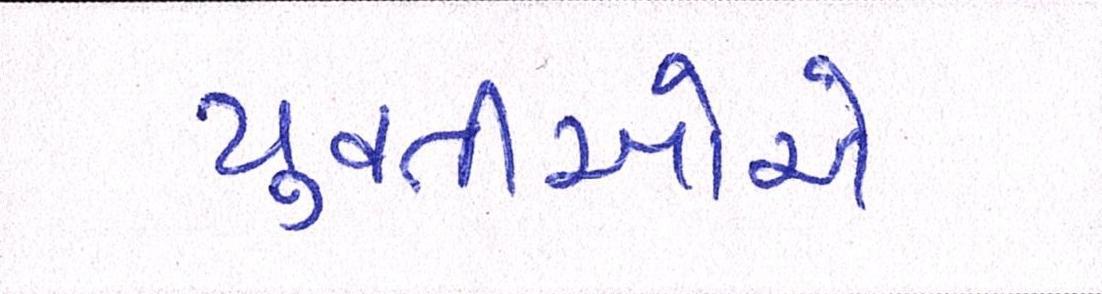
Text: યુવતીઓએ